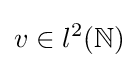
v\in l^{2}(\mathbb {N} )